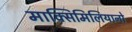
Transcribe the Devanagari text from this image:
माक्सिमिलियानो